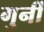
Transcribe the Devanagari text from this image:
गुर्नी